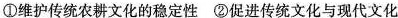
①维护传统农耕文化的稳定性 ②促进传统文化与现代文化